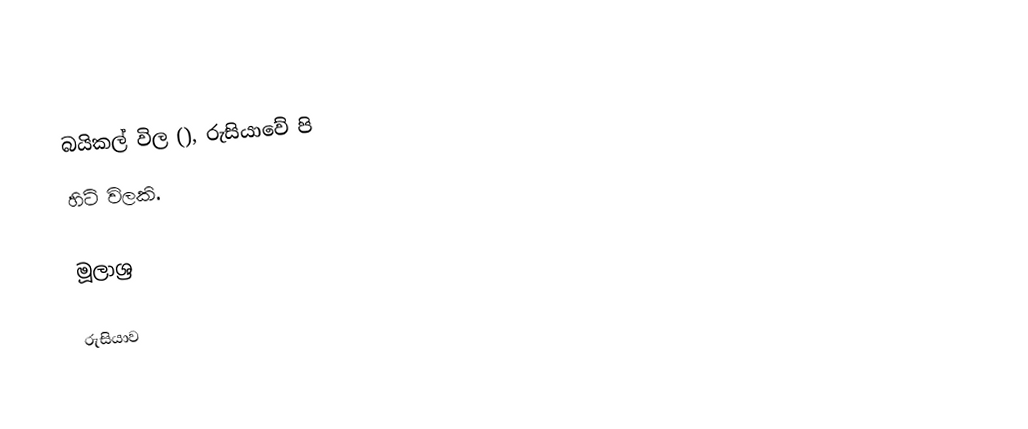
බයිකල් විල (), රුසියාවේ පි
හිටි විලකි.

මූලාශ්‍ර

රුසියාව